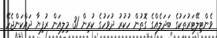
ވެންޓިލޭޓަރުތަކުގެ ބަދަލެއްގެ ގޮތުން ހުކުރު ދުވަހުގެ ކުރިން 31 މިލިއަން ރުފިޔާ ދައްކަންޖެހޭ